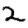
Digit: 2